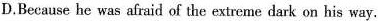
D.Beeeause he was afraid of the extreme dark on his way.